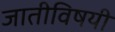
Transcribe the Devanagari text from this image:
जातीविषयी